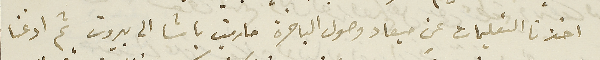
اخذنا التعليمات عن ميعاد وصول الباخرة مارين باشا الى بيروت ثم اذعنا